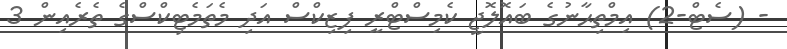
- (ސެޓް-2) އިމްތިޙާނުގެ ބައޮލޮޖީ ކެމިސްޓްރީ ފިޒިކްސް އަދި މެތަމެޓިކްސްގެ ތެރެއިން 3